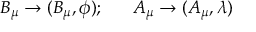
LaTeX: B _ { \mu } \rightarrow ( B _ { \mu } , \phi ) ; ~ ~ ~ ~ ~ A _ { \mu } \rightarrow ( A _ { \mu } , \lambda )